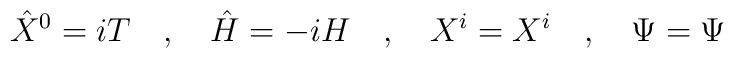
{\hat X}^0 = i T ~~~,~~~{\hat H} = -i H  ~~~,~~~ X^i = X^i ~~~,~~~\Psi = \Psi